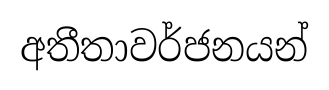
අතීතාවර්ජනයන්